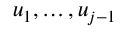
u _ { 1 } , \dotsc , u _ { j - 1 }